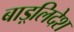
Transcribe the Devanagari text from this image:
बाड़्लिदेश